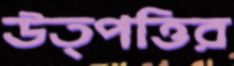
উত্পত্তির